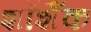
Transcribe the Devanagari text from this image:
शॉशैंक